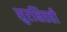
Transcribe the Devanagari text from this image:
सुरक्षितही